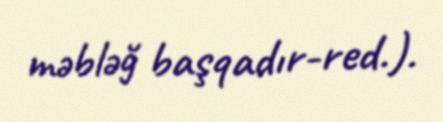
məbləğ başqadır-red.).